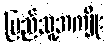
ပြည်သူ့အကျိုး